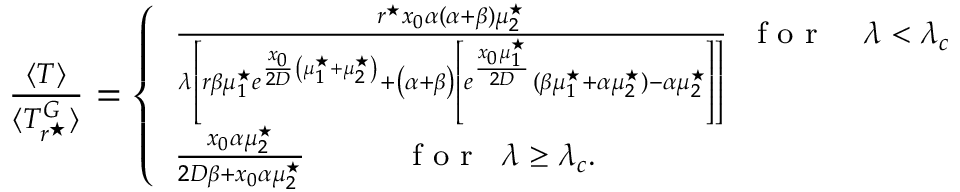
\begin{array} { r } { \footnotesize \frac { \langle T \rangle } { \langle T _ { r ^ { \star } } ^ { G } \rangle } = \left\{ \begin{array} { l l } { \frac { r ^ { \star } x _ { 0 } \alpha ( \alpha + \beta ) \mu _ { 2 } ^ { \star } } { \lambda \left[ r \beta \mu _ { 1 } ^ { \star } e ^ { \frac { x _ { 0 } } { 2 D } \left( \mu _ { 1 } ^ { \star } + \mu _ { 2 } ^ { \star } \right) } + \left( \alpha + \beta \right) \left[ e ^ { \frac { x _ { 0 } \mu _ { 1 } ^ { \star } } { 2 D } } { ( \beta \mu _ { 1 } ^ { \star } + \alpha \mu _ { 2 } ^ { \star } ) - \alpha \mu _ { 2 } ^ { \star } } \right] \right] } \; \; \mathrm { ~ f ~ o ~ r ~ } \; \; \; \; \lambda < \lambda _ { c } } \\ { \frac { x _ { 0 } \alpha \mu _ { 2 } ^ { \star } } { 2 D \beta + x _ { 0 } \alpha \mu _ { 2 } ^ { \star } } \; \; \; \; \; \; \; \; \; \; \; \mathrm { ~ f ~ o ~ r ~ } \; \; \lambda \geq \lambda _ { c } . } \end{array} \right. } \end{array}